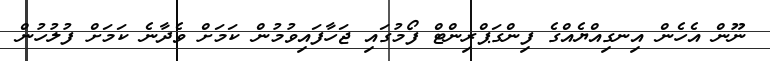
ނޫން އެހެން އިނގިއްޔެއްގެ ފިންގަޕްރިންޓް ފޯމުގައި ޖަހާފައިވުމުން ކަމަށް ވެދާނެ ކަމަށް ފުލުހުން